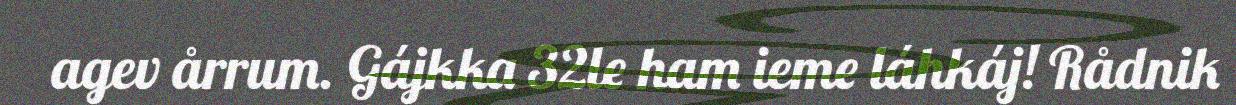
agev årrum. Gájkka 32le ham ieme láhkáj! Rådnik